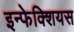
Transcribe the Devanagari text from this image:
इन्फेक्शियस